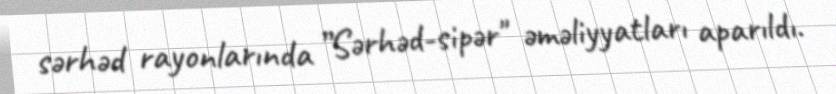
sərhəd rayonlarında ”Sərhəd-sipər" əməliyyatları aparıldı.